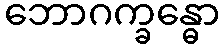
ဘောဂက္ခန္ဓော